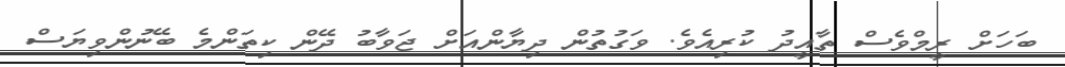
ބަހަށް ރީމްވެސް ތާއީދު ކުރިއެވެ. ވަގުތުން ދިޔާންއަށް ޖަވާބު ދޭން ކިތަންމެ ބޭނުންވިޔަސް